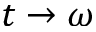
t \to \omega